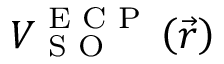
\boldsymbol { V } _ { \textrm { S O } } ^ { \textrm { E C P } } \left( \vec { r } \right)